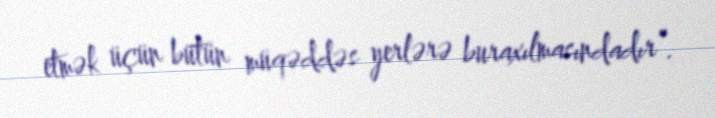
etmək üçün bütün müqəddəs yerlərə buraxılmasındadır”.